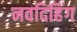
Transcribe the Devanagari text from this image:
नवदिहिंग